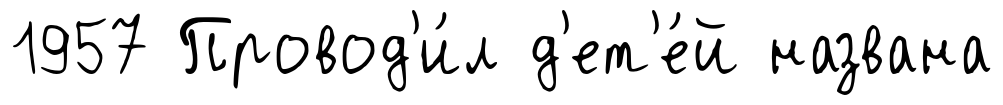
1957 Провод'и́л д'ет'е́й названа